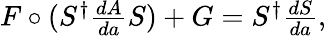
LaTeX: \begin{array}{r}{F\circ(S^{\dagger}\frac{dA}{da}S)+G=S^{\dagger}\frac{dS}{da},}\end{array}